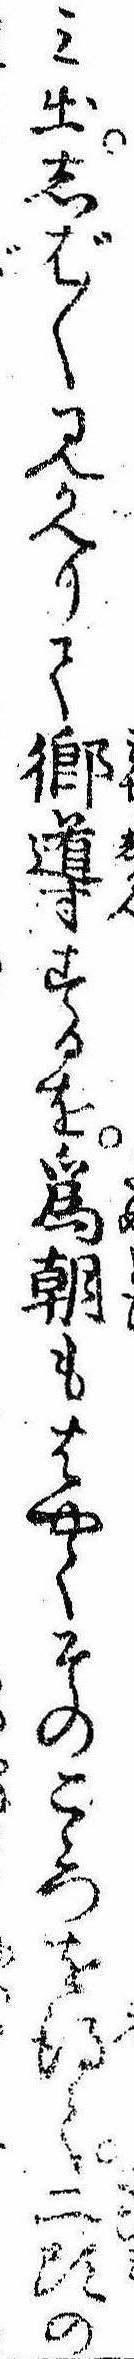
み出しば〲見かへりて郷導するを為朝もはやくそのこゝろを得て二頭の